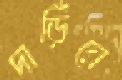
দাড়িঁয়ে